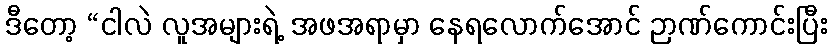
ဒီတော့ “ငါလဲ လူအများရဲ့ အဖအရာမှာ နေရလောက်အောင် ဉာဏ်ကောင်းပြီး